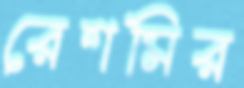
রেশমির